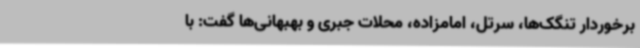
برخوردار تنگک‌ها، سرتل، امامزاده، محلات جبری و بهبهانی‌ها گفت: با